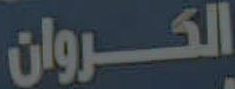
الكروان